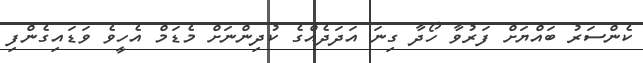
ކެންސަރު ބައްޔަށް ފަރުވާ ހޯދާ ގިނަ އަދަދެއްގެ ކުދިންނަށް މެޑަމް އެހީވެ ވަޑައިގެންފި